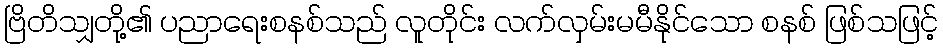
ဗြိတိသျှတို့၏ ပညာရေးစနစ်သည် လူတိုင်း လက်လှမ်းမမီနိုင်သော စနစ် ဖြစ်သဖြင့်